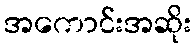
အကောင်းအဆိုး